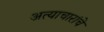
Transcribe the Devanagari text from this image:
अत्याचारांचे